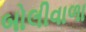
બોલીવાળા